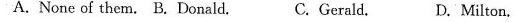
A.None of them. B.Donald. C.Gerald. D.Milton.